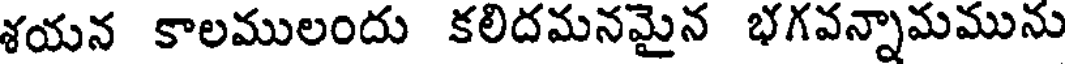
శయన కాలములందు కలిదమనమైన భగవన్నామమును